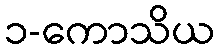
၁-ကောသိယ